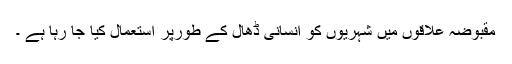
مقبوضہ علاقوں میں شہریوں کو انسانی ڈھال کے طورپر استعمال کیا جا رہا ہے ۔